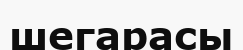
шегарасы